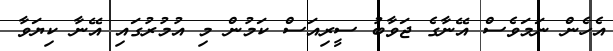
އެހެން ނަމަވެސް އޭނާގެ ޖަވާބު ސީރިއަސް ކަމުން މި އުމުރުގައި އޭނާ ކިޔަވާ